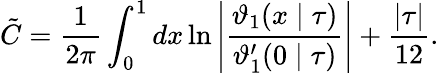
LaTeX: \tilde{C}=\frac{1}{2\pi}\int_{0}^{1}dx\ln\left|\frac{\vartheta_{1}(x\mid\tau)}{\vartheta_{1}^{\prime}(0\mid\tau)}\right|+\frac{|\tau|}{12}.